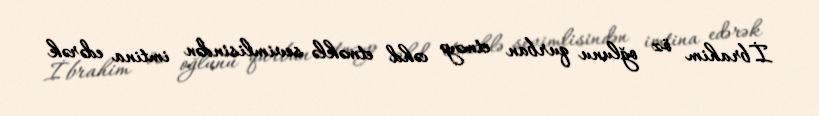
İbrahim öz oğlunu qurban etməyə cəhd etməklə sevimlisindən imtina edərək